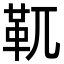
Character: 靰